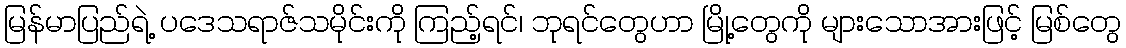
မြန်မာပြည်ရဲ့ ပဒေသရာဇ်သမိုင်းကို ကြည့်ရင်၊ ဘုရင်တွေဟာ မြို့တွေကို များသောအားဖြင့် မြစ်တွေ